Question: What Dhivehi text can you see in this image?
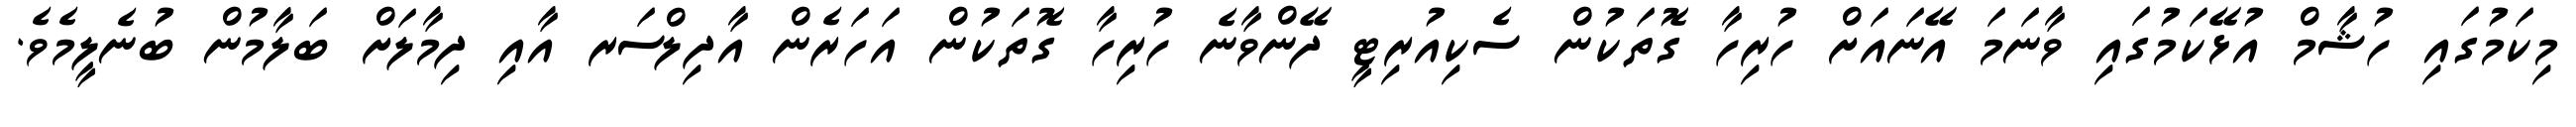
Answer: މިކަމުގައި ހުޝާމް އުޅޭކަމުގައި ވާނަމަ އޭނައަށް ހުރިހާ ގޮތަކުން ސެކިއުރިޓީ ދޭންވާނެ ހުރިހާ ގޮތަކުން އަހަރެން އާދިލްސަރ އާއި ދިމާލަށް ބަލާމުން ބުނެލީމެވެ.